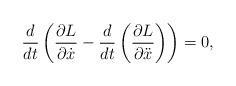
LaTeX: \begin{align*} \frac{d}{dt} \left(\frac{\partial L}{\partial \dot{x}}-\frac{d}{dt}\left( \frac{\partial L}{\partial \ddot{x}}\right)\right) =0,\end{align*}